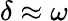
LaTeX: \delta\approx\omega